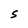
Character: S